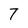
Character: 7